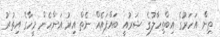
ތިން އަހަރުގެ އިބްތިހާލުގެ ޝަރުއީ ބައްޕައެއް ނެތް އިރު އަންހެން މީހާގެ އިތުރު